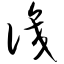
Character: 识